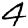
Digit: 4